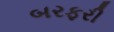
બરફરી